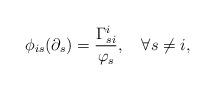
\begin{align*} \phi_{is}(\partial_s)=\frac{\Gamma_{si}^i}{\varphi_s},\quad\forall s\neq i, \end{align*}